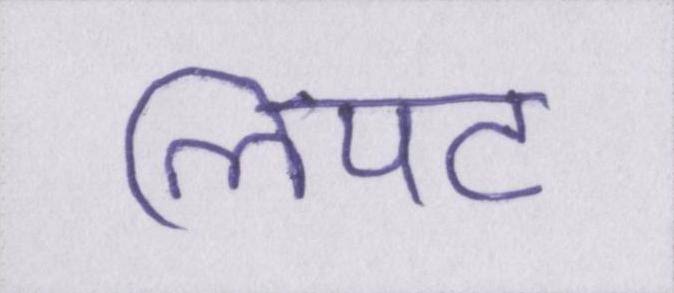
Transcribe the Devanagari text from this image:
लिपट